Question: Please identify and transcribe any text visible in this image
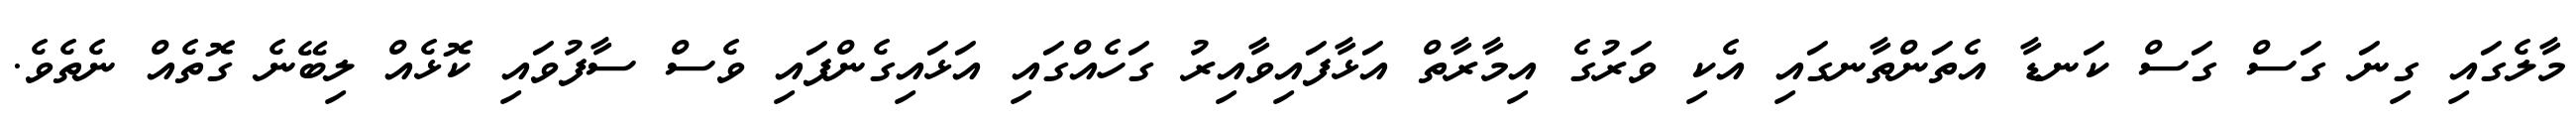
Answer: މާލެގައި ގިނަ ގަސް ގަސް ކަނޑާ އެތަންތާނގައި އެކި ވަރުގެ އިމާރާތް އަޅާފައިވާއިރު ގަހެއްގައި އަޅައިގެންފައި ވެސް ސާފުވައި ކޮޅެއް ލިބޭނެ ގޮތެއް ނެތެވެ.